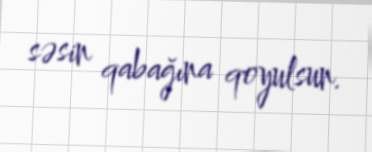
səsin qabağına qoyulsun.